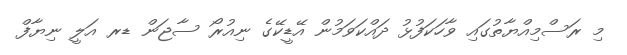
މި ރަސްމިއްޔާތުގައި ވާހަކަފުޅު ދައްކަވަމުން އޭޑީކޭގެ ނިއުރޯ ސާޖަން ޑރ އަލީ ނިޔާފް